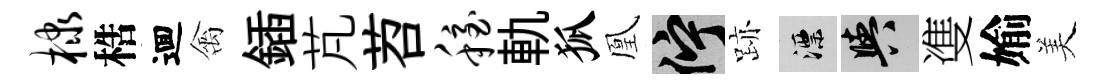
棣梏逥禽鍤芃苕稳軌狐凰伫跡漂阳㕠媮美